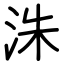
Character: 洙